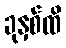
ခုနှစ်ထိ